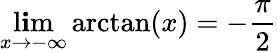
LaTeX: \operatorname*{l\mathbf{i}m}_{x\rightarrow-\infty}\arctan(x)=-{\frac{{\pi}}{{2}}}